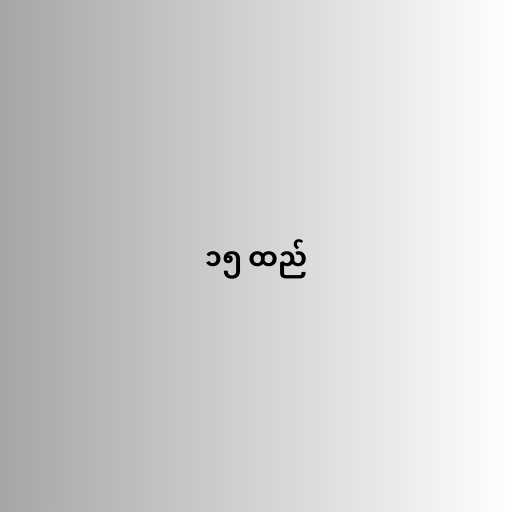
၁၅ ထည်